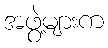
အဖွဲ့များက